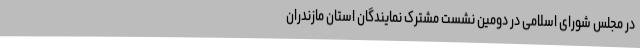
در مجلس شورای اسلامی در دومین نشست مشترک نمایندگان استان مازندران